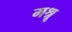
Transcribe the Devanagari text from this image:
मश्रू